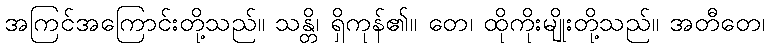
အကြင်အကြောင်းတို့သည်။ သန္တိ၊ ရှိကုန်၏။ တေ၊ ထိုကိုးမျိုးတို့သည်။ အတီတေ၊